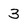
Character: 3